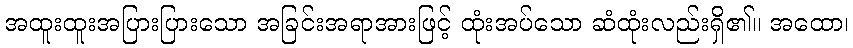
အထူးထူးအပြားပြားသော အခြင်းအရာအားဖြင့် ထုံးအပ်သော ဆံထုံးလည်းရှိ၏။ အထော၊